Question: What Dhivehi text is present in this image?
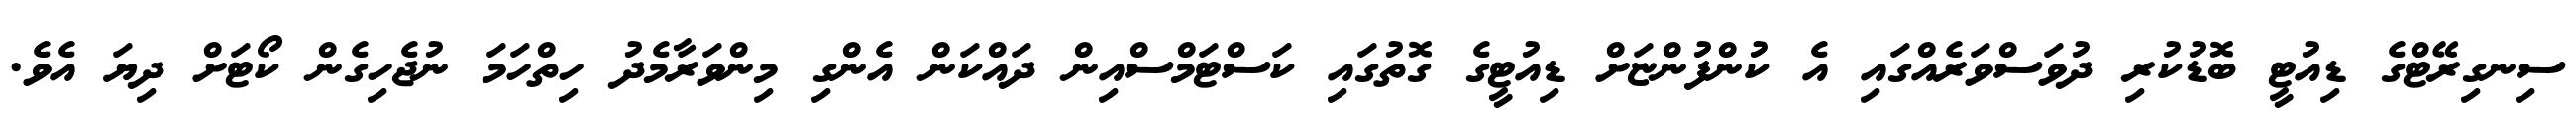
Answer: ސިނގިރޭޓްގެ ޑިއުޓީ ބޮޑުކުރި ދުވަސްވަރެއްގައި އެ ކުންފުންޏަށް ޑިއުޓީގެ ގޮތުގައި ކަސްޓަމްސްއިން ދައްކަން އެންގި މިންވަރާމެދު ހިތްހަމަ ނުޖެހިގެން ކޯޓަށް ދިޔަ އެވެ.